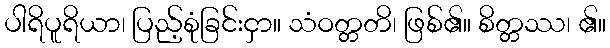
ပါရိပူရိယာ၊ ပြည့်စုံခြင်းငှာ။ သံဝတ္တတိ၊ ဖြစ်၏။ စိတ္တဿ၊ ၏။